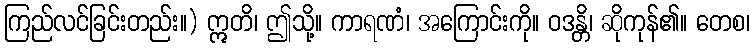
ကြည်လင်ခြင်းတည်း။) ဣတိ၊ ဤသို့။ ကာရဏံ၊ အကြောင်းကို။ ဝဒန္တိ၊ ဆိုကုန်၏။ တေစ၊